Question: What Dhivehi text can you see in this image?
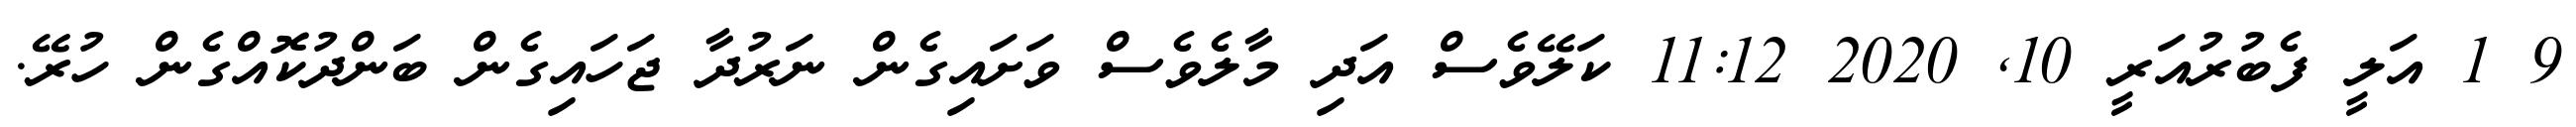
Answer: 9 1 އަލީ ފެބުރުއަރީ 10, 2020 11:12 ކަލޭވެސް އަދި މާލެވެސް ވަށައިގެން ނަރުދާ ޖަހައިގެން ބަންދުކޮއްގެން ހުރޭ.